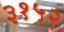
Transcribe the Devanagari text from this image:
३१५२